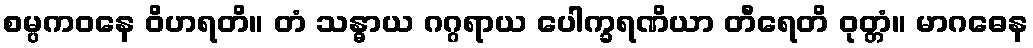
စမ္ပကဝနေ ဝိဟရတိ။ တံ သန္ဓာယ ဂဂ္ဂရာယ ပေါက္ခရဏိယာ တီရေတိ ဝုတ္တံ။ မာဂဓေန